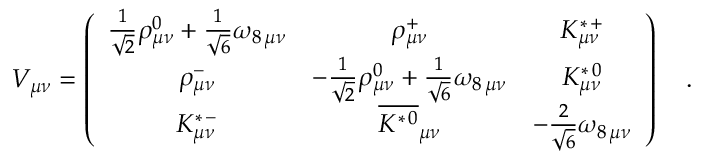
V _ { \mu \nu } = \left( \begin{array} { c c c } { { \frac { 1 } { \sqrt { 2 } } \rho _ { \mu \nu } ^ { 0 } + \frac { 1 } { \sqrt { 6 } } \omega _ { 8 \, \mu \nu } } } & { { \rho _ { \mu \nu } ^ { + } } } & { { K _ { \mu \nu } ^ { \ast \, + } } } \\ { { \rho _ { \mu \nu } ^ { - } } } & { { - \frac { 1 } { \sqrt { 2 } } \rho _ { \mu \nu } ^ { 0 } + \frac { 1 } { \sqrt { 6 } } \omega _ { 8 \, \mu \nu } } } & { { K _ { \mu \nu } ^ { \ast \, 0 } } } \\ { { K _ { \mu \nu } ^ { \ast \, - } } } & { { \overline { { { K ^ { \ast \, 0 } } } } _ { \mu \nu } } } & { { - \frac { 2 } { \sqrt { 6 } } \omega _ { 8 \, \mu \nu } } } \end{array} \right) \quad .